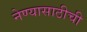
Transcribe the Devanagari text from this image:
नेण्यासाठीची